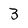
Character: 3